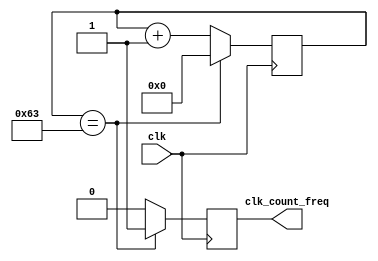
module count_freq(clk, clk_count_freq);
  input wire clk;
  output wire clk_count_freq;
  
  reg [6:0] count = 0;
  reg tenth = 0;
  
  assign clk_count_freq = tenth;

    always @ (posedge clk)
      begin
        count <= count + 1;
        
        if (count == 7'd99)
          begin
            tenth <= 1;
            count <= 0;
          end
        else
          begin
            tenth <= 0;
          end
      end
    
endmodule